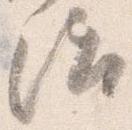
治